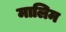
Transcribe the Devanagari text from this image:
मालिम